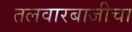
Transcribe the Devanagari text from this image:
तलवारबाजीचा